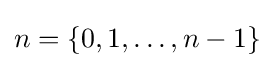
n=\{0,1,\dots ,n-1\}